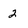
Character: 2